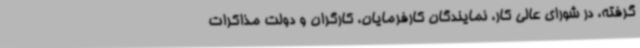
گرفته، در شورای عالی کار، نمایندگان کارفرمایان، کارگران و دولت مذاکرات